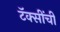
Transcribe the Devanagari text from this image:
टॅक्सींची